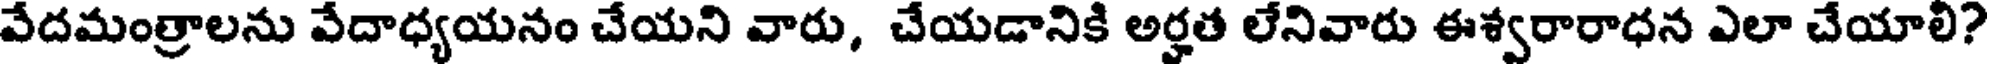
వేదమంత్రాలను వేదాధ్యయనం చేయని వారు, చేయడానికి అర్హత లేనివారు ఈశ్వరారాధన ఎలా చేయాలి?